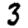
Digit: 3